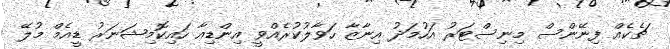
ޗެކެއް ފިނޭންސް މިނިސްޓަރު އަހުމަދު އިނާޒާ ހަވާލުކުރެއްވީ އިންޑިއާ ހައިކޮމިޝަނަރު ޑީއެމް މުލޭ